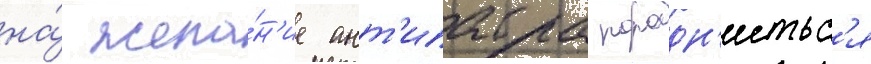
на́ жела́н'ие ант'ипатра породн'итьс'я